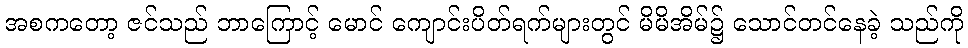
အစကတော့ ဇင်သည် ဘာကြောင့် မောင် ကျောင်းပိတ်ရက်များတွင် မိမိအိမ်၌ သောင်တင်နေခဲ့ သည်ကို